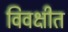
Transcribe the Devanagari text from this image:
विवक्षीत